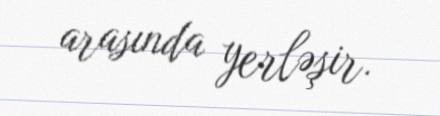
arasında yerləşir.